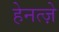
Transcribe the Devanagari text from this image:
हेनत्ज़े